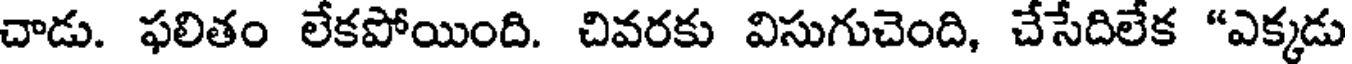
చాడు. ఫలితం లేకపోయింది. చివరకు విసుగుచెంది, చేసేదిలేక "ఎక్కడు